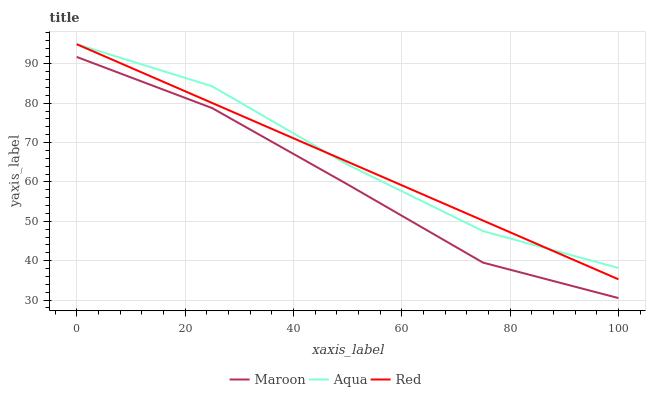
| xaxis_label | Maroon | Aqua | Red |
 | --- | --- | --- | --- |
 | 0 | 91.8 | 95 | 95 |
 | 25 | 78.8 | 84.3 | 80.1 |
 | 50 | 59.4 | 64.4 | 65.1 |
 | 75 | 39.5 | 47.5 | 50.2 |
 | 100 | 30.5 | 38.2 | 35.3 |